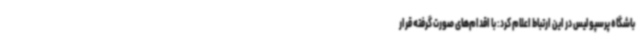
باشگاه پرسپولیس در این ارتباط اعلام کرد: با اقدام‌های صورت گرفته قرار